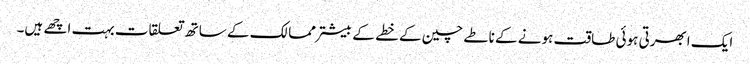
ایک ابھرتی ہوئی طاقت ہونے کے ناطے چین کے خطے کے بیشتر ممالک کے ساتھ تعلقات بہت اچھے ہیں۔